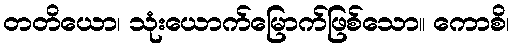
တတိယော၊ သုံးယောက်မြောက်ဖြစ်သော။ ကောစိ၊